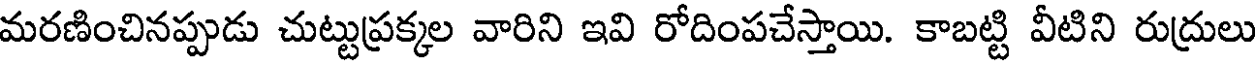
మరణించినప్పుడు చుట్టుప్రక్కల వారిని ఇవి రోదింపచేస్తాయి. కాబట్టి వీటిని రుద్రులు